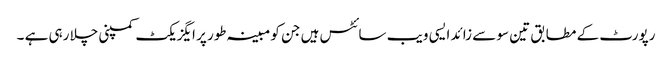
رپورٹ کے مطابق تین سو سے زائد ایسی ویب سائٹس ہیں جن کو مبینہ طور پر ایگزیکٹ کمپنی چلا رہی ہے ۔